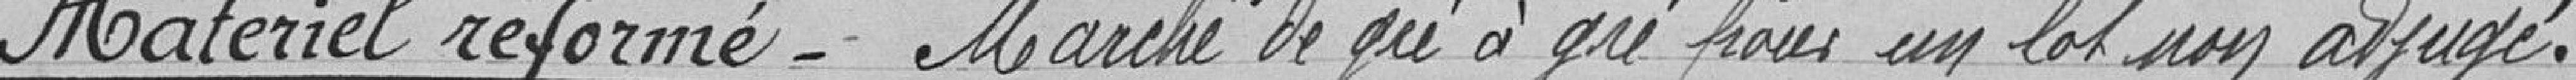
Matériel réformé-Marché de gré à gré pour un lot non adjugé .